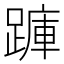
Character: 𮜇